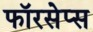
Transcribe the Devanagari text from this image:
फॉरसेप्स